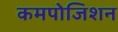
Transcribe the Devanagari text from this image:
कमपोजिशन